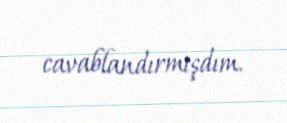
cavablandırmışdım.